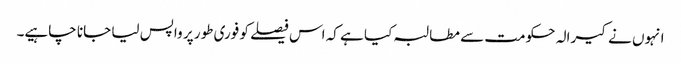
انہوں نے کیرالہ حکومت سے مطالبہ کیا ہے کہ اس فیصلے کو فوری طور پر واپس لیا جانا چاہیے۔